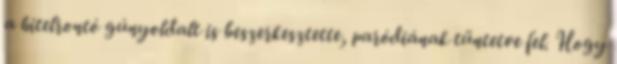
a hitelrontó gúnyoldalt is beszerkesztette, paródiának tüntetve fel. Hogy